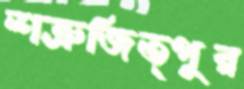
শত্রুজিত্পুর